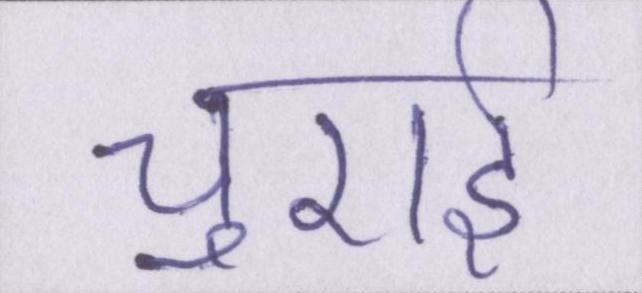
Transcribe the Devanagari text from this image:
चुराई